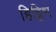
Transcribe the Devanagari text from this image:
हिट्टिभ